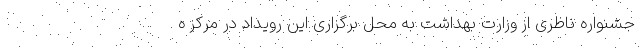
جشنواره ناظری از وزارت بهداشت به محل برگزاری این رویداد در مرکز ه